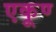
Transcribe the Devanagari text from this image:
एकूण्‍